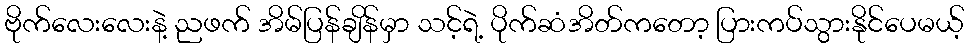
ဗိုက်လေးလေးနဲ့ ညဖက် အိမ်ပြန်ချိန်မှာ သင့်ရဲ့ ပိုက်ဆံအိတ်ကတော့ ပြားကပ်သွားနိုင်ပေမယ့်